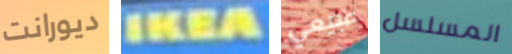
ديورانت IKEA طبيعي المسلسل